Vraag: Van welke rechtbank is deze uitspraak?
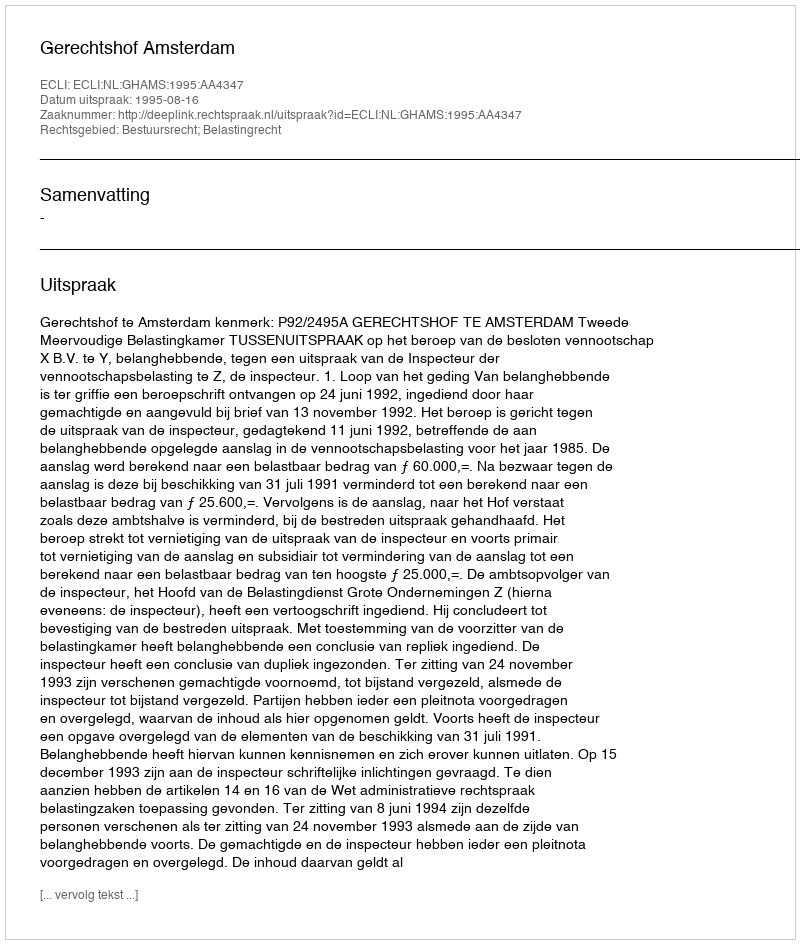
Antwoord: Gerechtshof Amsterdam